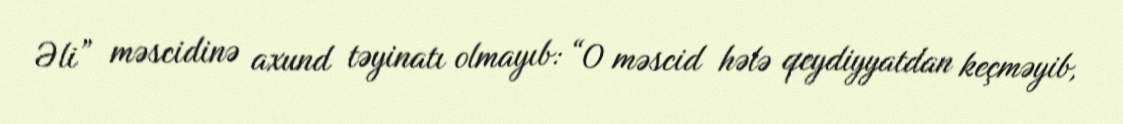
Əli” məscidinə axund təyinatı olmayıb: “O məscid hələ qeydiyyatdan keçməyib,